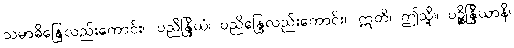
သမာဓိန္ဒြေလည်းကောင်း။ ပညိန္ဒြိယံ၊ ပညိန္ဒြေလည်းကောင်း။ ဣတိ၊ ဤသို့။ ပဉ္စိန္ဒြိယာနိ၊